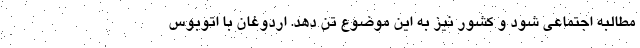
مطالبه اجتماعی شود و کشور نیز به این موضوع تن دهد. اردوغان با اتوبوس